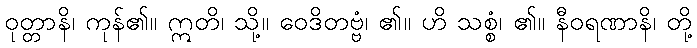
ဝုတ္တာနိ၊ ကုန်၏။ ဣတိ၊ သို့။ ဝေဒိတဗ္ဗံ၊ ၏။ ဟိ သစ္စံ၊ ၏။ နီဝရဏာနိ၊ တို့